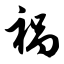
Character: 祸